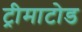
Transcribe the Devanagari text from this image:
ट्रीमाटोड